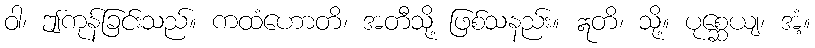
ဝါ၊ ဤကုန်ခြင်းသည်။ ကထံဟောတိ၊ အတီသို့ ဖြစ်သနည်း။ ဣတိ၊ သို့။ ပုစ္ဆေယျ၊ အံ့။